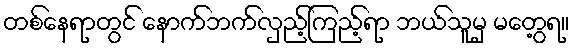
တစ်နေရာတွင် နောက်ဘက်လှည့်ကြည့်ရာ ဘယ်သူမှ မတွေ့ရ။